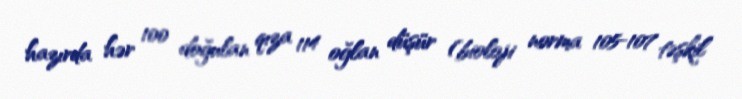
hazırda hər 100 doğulan qıza 114 oğlan düşür (bioloji norma 105-107 təşkil